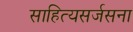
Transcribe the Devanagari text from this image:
साहित्यसर्जसना